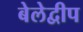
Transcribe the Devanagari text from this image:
बेलेद्वीप